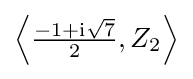
\left\langle {\tfrac {-1+\mathrm {i} {\sqrt {7}}}{2}},Z_{2}\right\rangle